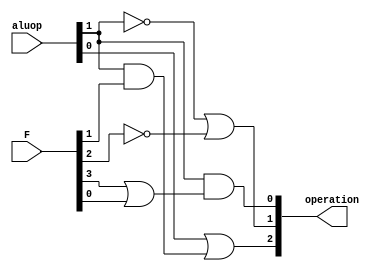
module ALUcontroller(operation,F,aluop);
input [1:0]aluop;
input [5:0]F;
output [2:0]operation;
assign operation[0]= (aluop[1]) & (F[3] | F[0]);
assign operation[1]= (~aluop[1]) | (~F[2]);
assign operation[2]= (aluop[0]) | (aluop[1] & F[1]);
endmodule

module testbench;
reg [1:0]aluop;
wire [2:0]operation;
reg [5:0]F;

ALUcontroller ac(operation,F,aluop);

initial
  $monitor($time, " aluop=%b F=%b  || operation=%b",aluop,F,operation);
initial
begin
  #0 aluop=2'b00; F=6'b000000;
  #2 aluop=2'b01;
  #2 F=6'b000000; aluop=2'b10;
  #2 F=6'b100010; aluop=2'b10;
  #2 F=6'b100100; aluop=2'b10;
  #2 F=6'b000101; aluop=2'b10;
  #2 F=6'b001010; aluop=2'b10;
  $finish;
end
endmodule